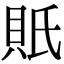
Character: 𧵄